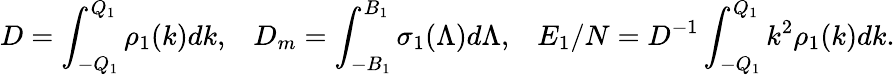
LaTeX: D=\int_{-Q_{1}}^{Q_{1}}{\rho_{1}(k)dk},\; \; \; D_{m}=\int_{-B_{1}}^{B_{1}}{\sigma_{1}(\Lambda)d\Lambda},\; \; \; E_{1}/N=D^{-1}\int_{-Q_{1}}^{Q_{1}}{k^{2}\rho_{1}(k)dk}.